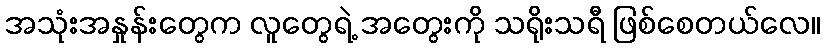
အသုံးအနှုန်းတွေက လူတွေရဲ့ အတွေးကို သရိုးသရီ ဖြစ်စေတယ်လေ။